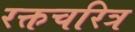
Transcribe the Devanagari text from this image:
रक्तचरित्र